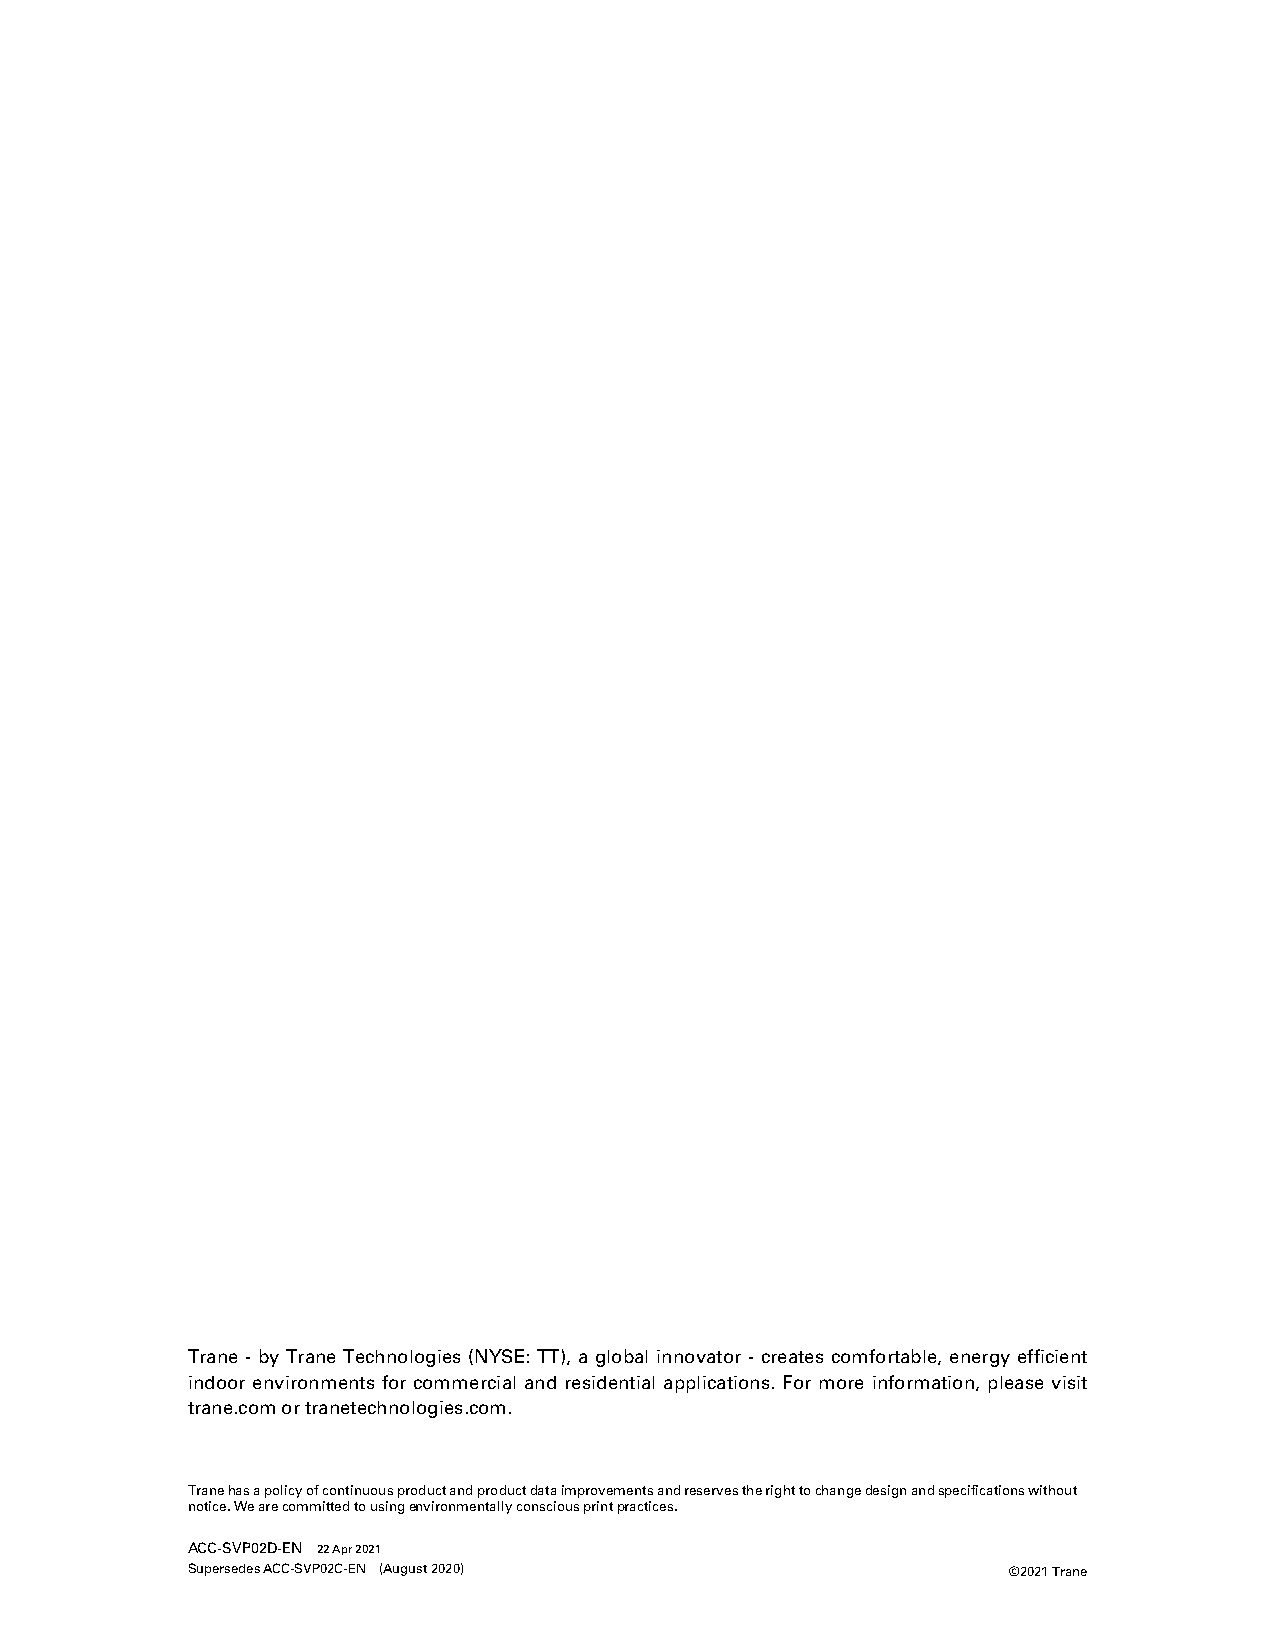
Trane - by Trane Technologies (NYSE: TT), a global innovator - creates comfortable, energy efficient
 indoor environments for commercial and residential applications. For more information, please visit
 trane.comortranetechnologies.com.
 Tranehasapolicyofcontinuousproductandproductdataimprovementsandreservestherighttochangedesignandspecificationswithout
 notice.Wearecommittedtousingenvironmentallyconsciousprintpractices.
 ACC-SVP02D-EN 22Apr2021
 SupersedesACC-SVP02C-EN (August2020)                   ©2021Trane